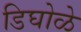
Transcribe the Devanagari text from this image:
डिघोळे